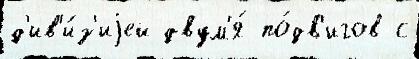
д'ив'и́з'иjей двум'я́ по́дв'игов с